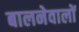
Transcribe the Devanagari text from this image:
बालनेवालों